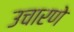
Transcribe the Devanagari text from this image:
उचारणे